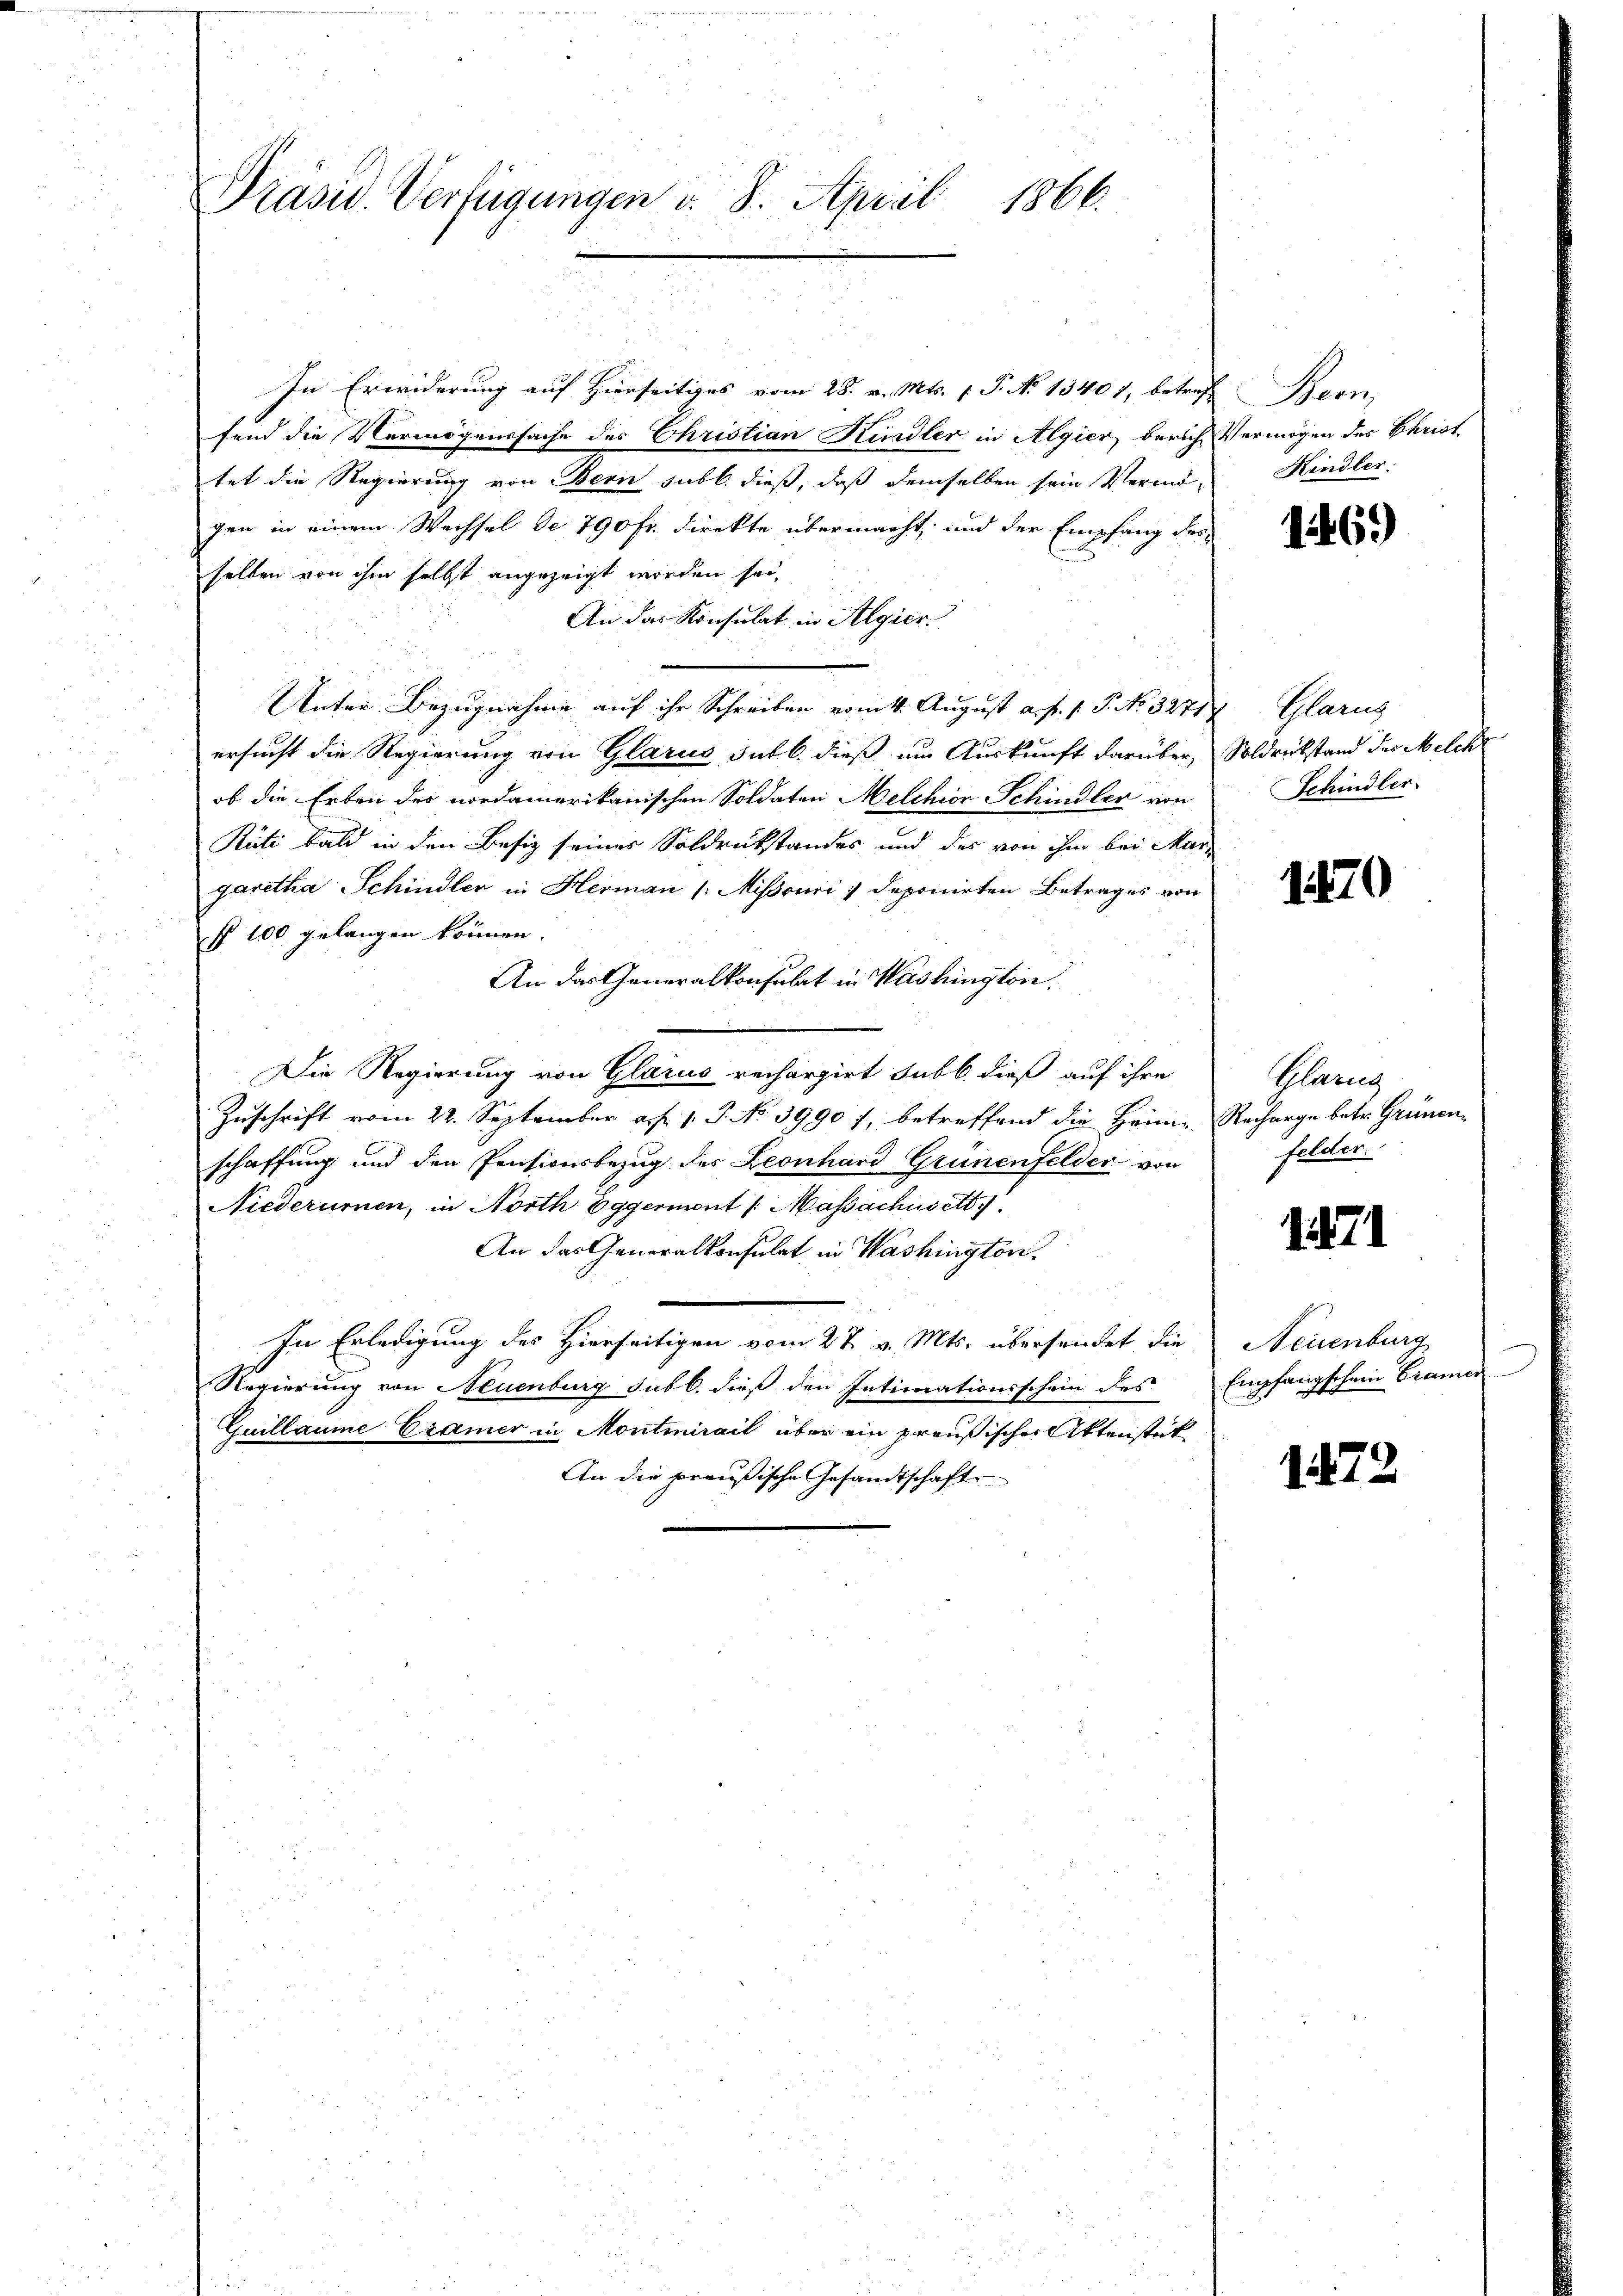
1866.
Präsid. Verfügungen v. 8. April

In Erwiderung auf Hierseitiges vom 28. v. Mts. f. P. No 13407, betref Bern
fend die Vermögenssache des Christian Kindler in Algier, berich Vermögen des Christ
tet die Regierung von Bern sub b. dieß, daß demselben sein Vermögen in einem Wechsel de 790 fr. direkte übermacht, und der Empfang des
selben von ihm selbst angezeigt worden sei.
An das Konsulat in Algier
Unter Bezugnahme auf ihr Schreiben vom 11. August a. f. 1. P. No 32717. Glarus
ersucht die Regierung von Glarus sub b. dieß um Auskunft darüber, Soldrückstand der Melch
ob die Erben des nordamerikanischen Soldaten Melchior Schindler von
Rüti bald in den Besiz seines Soldrückstandes und des von ihm bei Mar-
garetha Schindler in Herman [Mißouri v deponirten Betrages von
§ 100 gelangen können.
An das Generalkonsulat in Washington.
Die Regierung von Glarus rechargirt sub b. dieß auf ihre
Zuschrift vom 22. September a. f. 1. P. No 3990 7, betreffend die Heime Recharge betr. Grünenschaffung und den Pensionsbezug des Leonhard Grünenfelder von
Niederumen, in North Eggermont /: Massachus et
An das Generalkonsulat in Washington.
In Erledigung des Hierseitigen vom 27. v. Mts. übersendet die
Regierung von Neuenburg subl. dieß den Intimationsschein des Empfangschein Cramer
Guillaume Cramer in Montmirait über ein preußischer Aktenstück
An die preußische Gesandtschaft

Kindler:

1469

Schindler.

1870

Glarus
Gelder.

1471

Neuenburg

1472